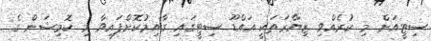
ސިޓީއަށް މި ކުރެއްވި ޒިޔާރަތަކީ އައްޑޫ ސިޓީގައި ގާއިމުކޮށްފައިވާ މި ކޮމިޝަން ގެ